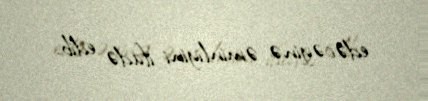
edəcəyinə əminliyini ifadə edib.